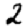
Digit: 2